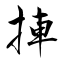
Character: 捙